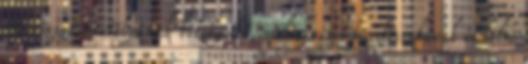
A végzet kastélyának bizonyuló, meleg vizes fürdõszabával és belsõ